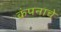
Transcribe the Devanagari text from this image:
कंपनाचे